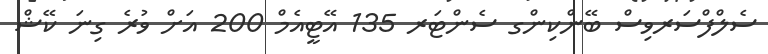
ސެލްފްސަރވިސް ބޭންކިންގ ސެންޓަރ 135 އޭޓީއެމް 200 އަށް ވުރެ ގިނަ ކޭޝް